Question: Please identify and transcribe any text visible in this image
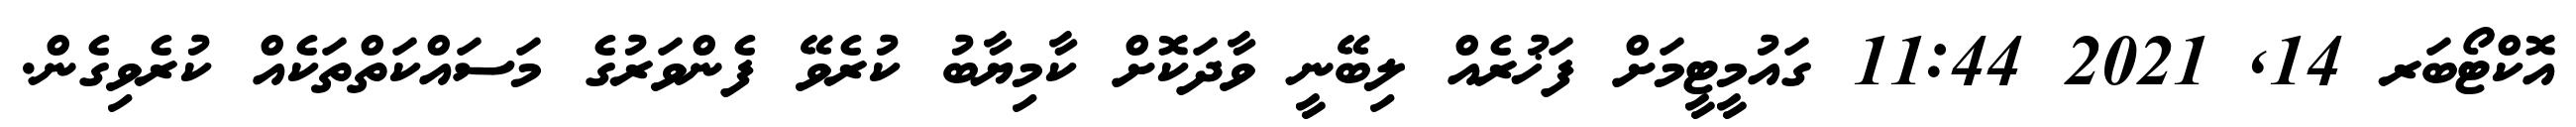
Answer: އޮކްޓޯބަރ 14, 2021 11:44 ގައުމީޓީމަށް ފަޚުރެއް ލިބޭނީ ވާދަކޮށް ކާމިޔާބު ކުރެވޭ ފެންވަރުގެ މަސައްކަތްތަކެއް ކުރެވިގެން.